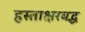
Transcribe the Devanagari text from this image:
हस्ताक्षरबद्ध